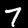
Digit: 7